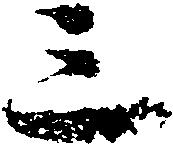
三